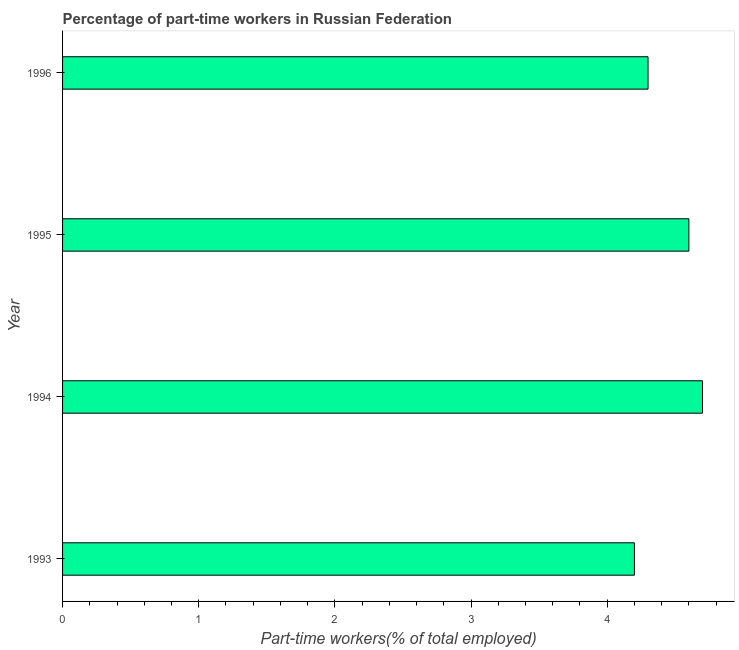
| Year | Part time employment |
 | --- | --- |
 | 1993 | 4.2 |
 | 1994 | 4.7 |
 | 1995 | 4.6 |
 | 1996 | 4.3 |